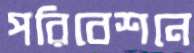
পরিবেশনে